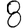
Digit: 8